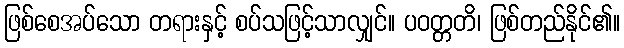
ဖြစ်စေအပ်သော တရားနှင့် စပ်သဖြင့်သာလျှင်။ ပဝတ္တတိ၊ ဖြစ်တည်နိုင်၏။